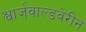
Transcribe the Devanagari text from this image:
श्वार्ज़वाल्डवेरीन